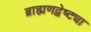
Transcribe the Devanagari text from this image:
ब्राह्मणद्वेष्ट्या